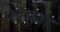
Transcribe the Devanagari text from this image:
परपेश